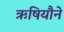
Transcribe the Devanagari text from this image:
ऋषियौने